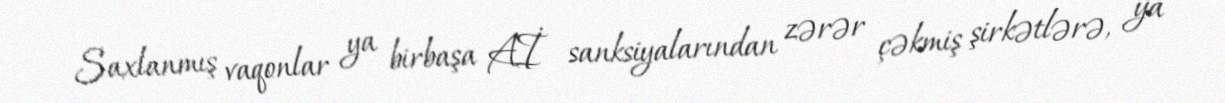
Saxlanmış vaqonlar ya birbaşa Aİ sanksiyalarından zərər çəkmiş şirkətlərə, ya